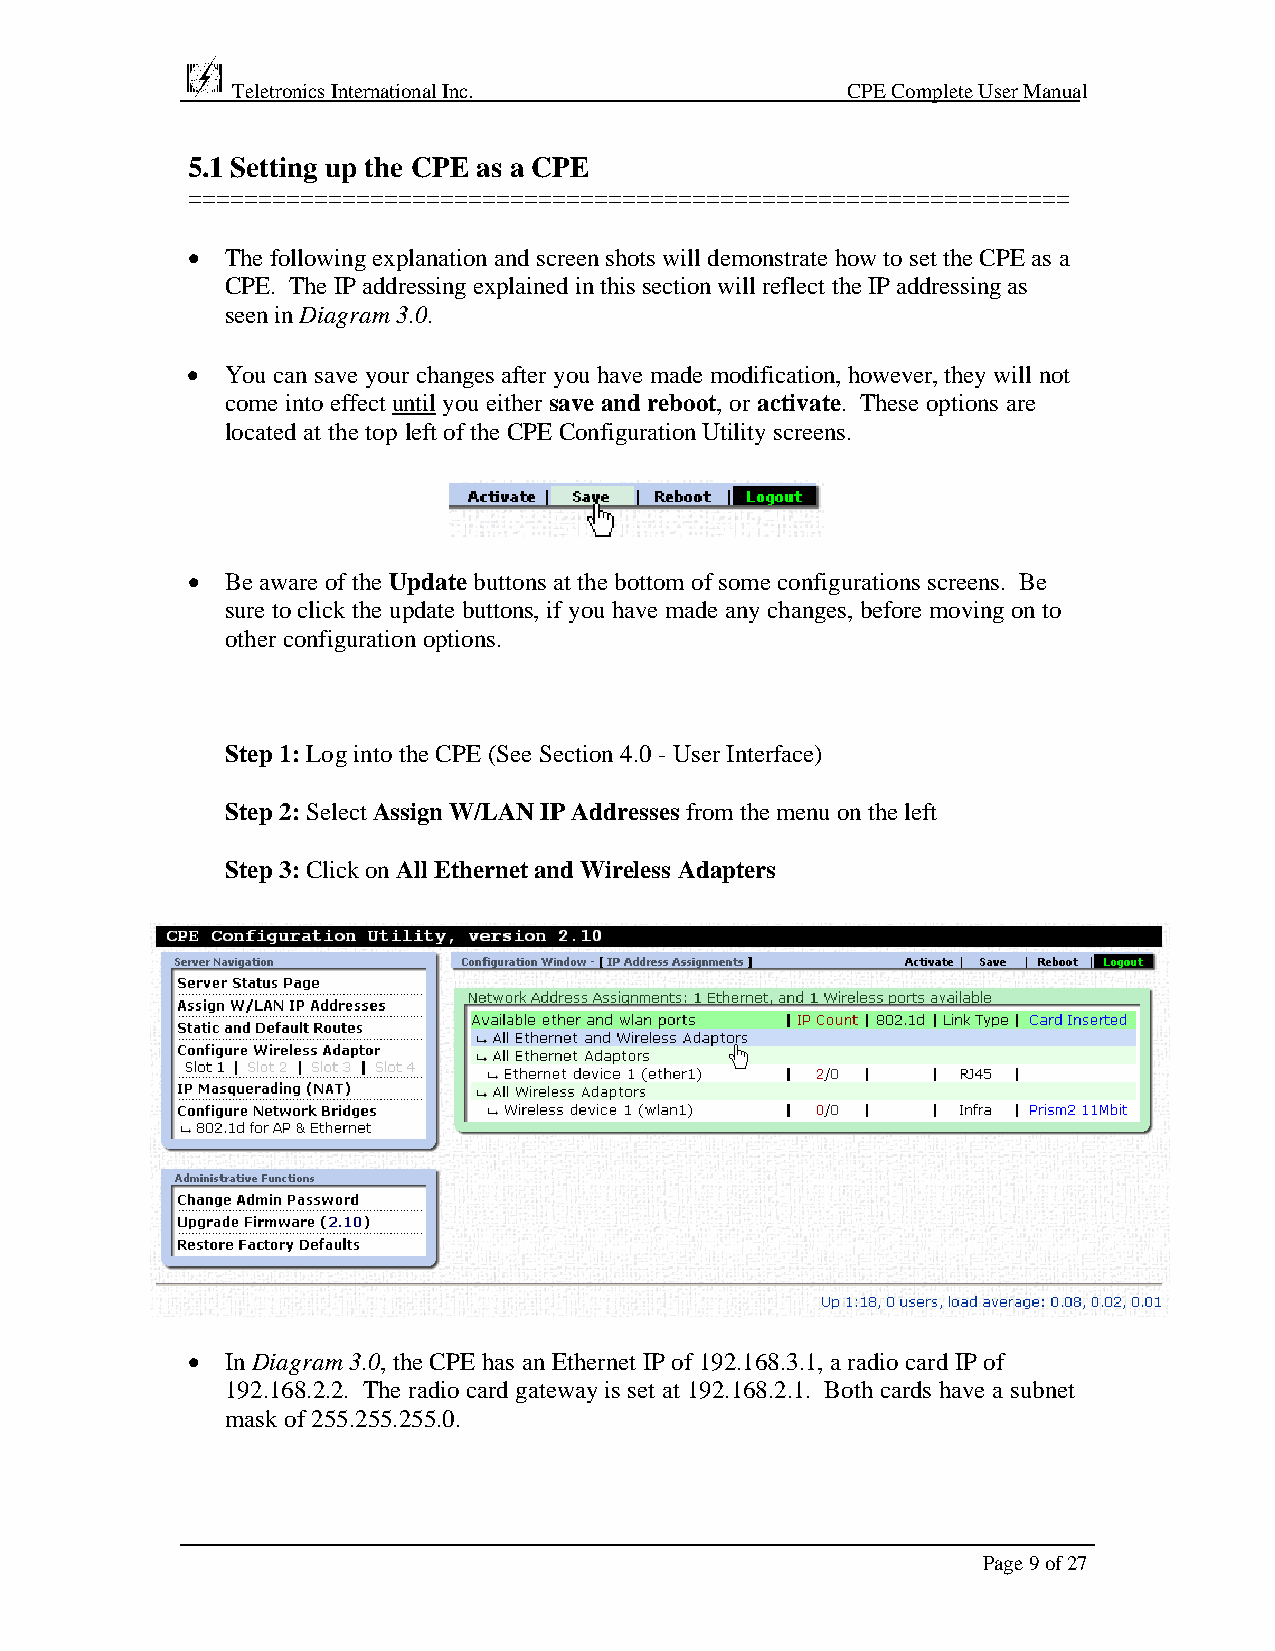
Teletronics International Inc.           CPE Complete User Manual
 5.1 Setting up the CPE as a CPE
 ===============================================================
 •  The following explanation and screen shots will demonstrate how to set the CPE as a
 CPE. The IP addressing explained in this section will reflect the IP addressing as
 seen in Diagram 3.0.
 •  You can save your changes after you have made modification, however, they will not
 come into effect until you either save and reboot, or activate. These options are
 located at the top left of the CPE Configuration Utility screens.
 •  Be aware of the Update buttons at the bottom of some configurations screens. Be
 sure to click the update buttons, if you have made any changes, before moving on to
 other configuration options.
 Step 1: Log into the CPE (See Section 4.0 - User Interface)
 Step 2: Select Assign W/LAN IP Addresses from the menu on the left
 Step 3: Click on All Ethernet and Wireless Adapters
 •  In Diagram 3.0, the CPE has an Ethernet IP of 192.168.3.1, a radio card IP of
 192.168.2.2. The radio card gateway is set at 192.168.2.1. Both cards have a subnet
 mask of 255.255.255.0.
 Page 9 of 27